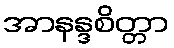
အာနန္ဒစိတ္တာ